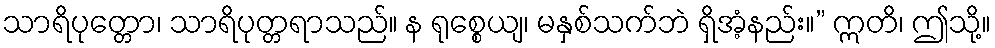
သာရိပုတ္တော၊ သာရိပုတ္တရာသည်။ န ရုစ္စေယျ၊ မနှစ်သက်ဘဲ ရှိအံ့နည်း။” ဣတိ၊ ဤသို့။